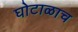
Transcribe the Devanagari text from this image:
घोटाळाच